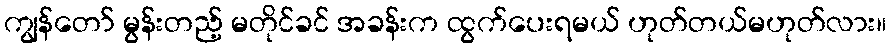
ကျွန်တော် မွန်းတည့် မတိုင်ခင် အခန်းက ထွက်ပေးရမယ် ဟုတ်တယ်မဟုတ်လား။